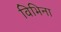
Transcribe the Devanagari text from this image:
विभिना